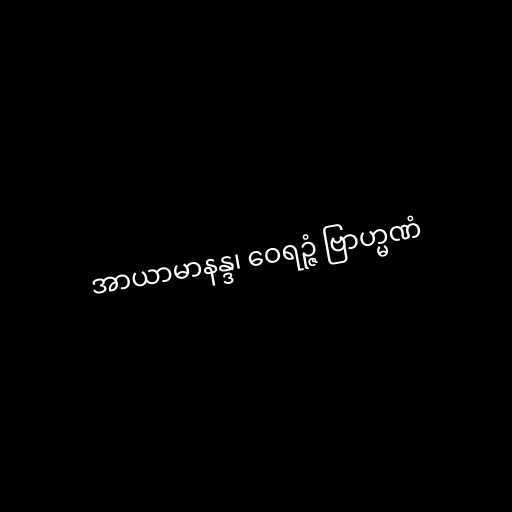
အာယာမာနန္ဒ၊ ဝေရဉ္ဇံ ဗြာဟ္မဏံ